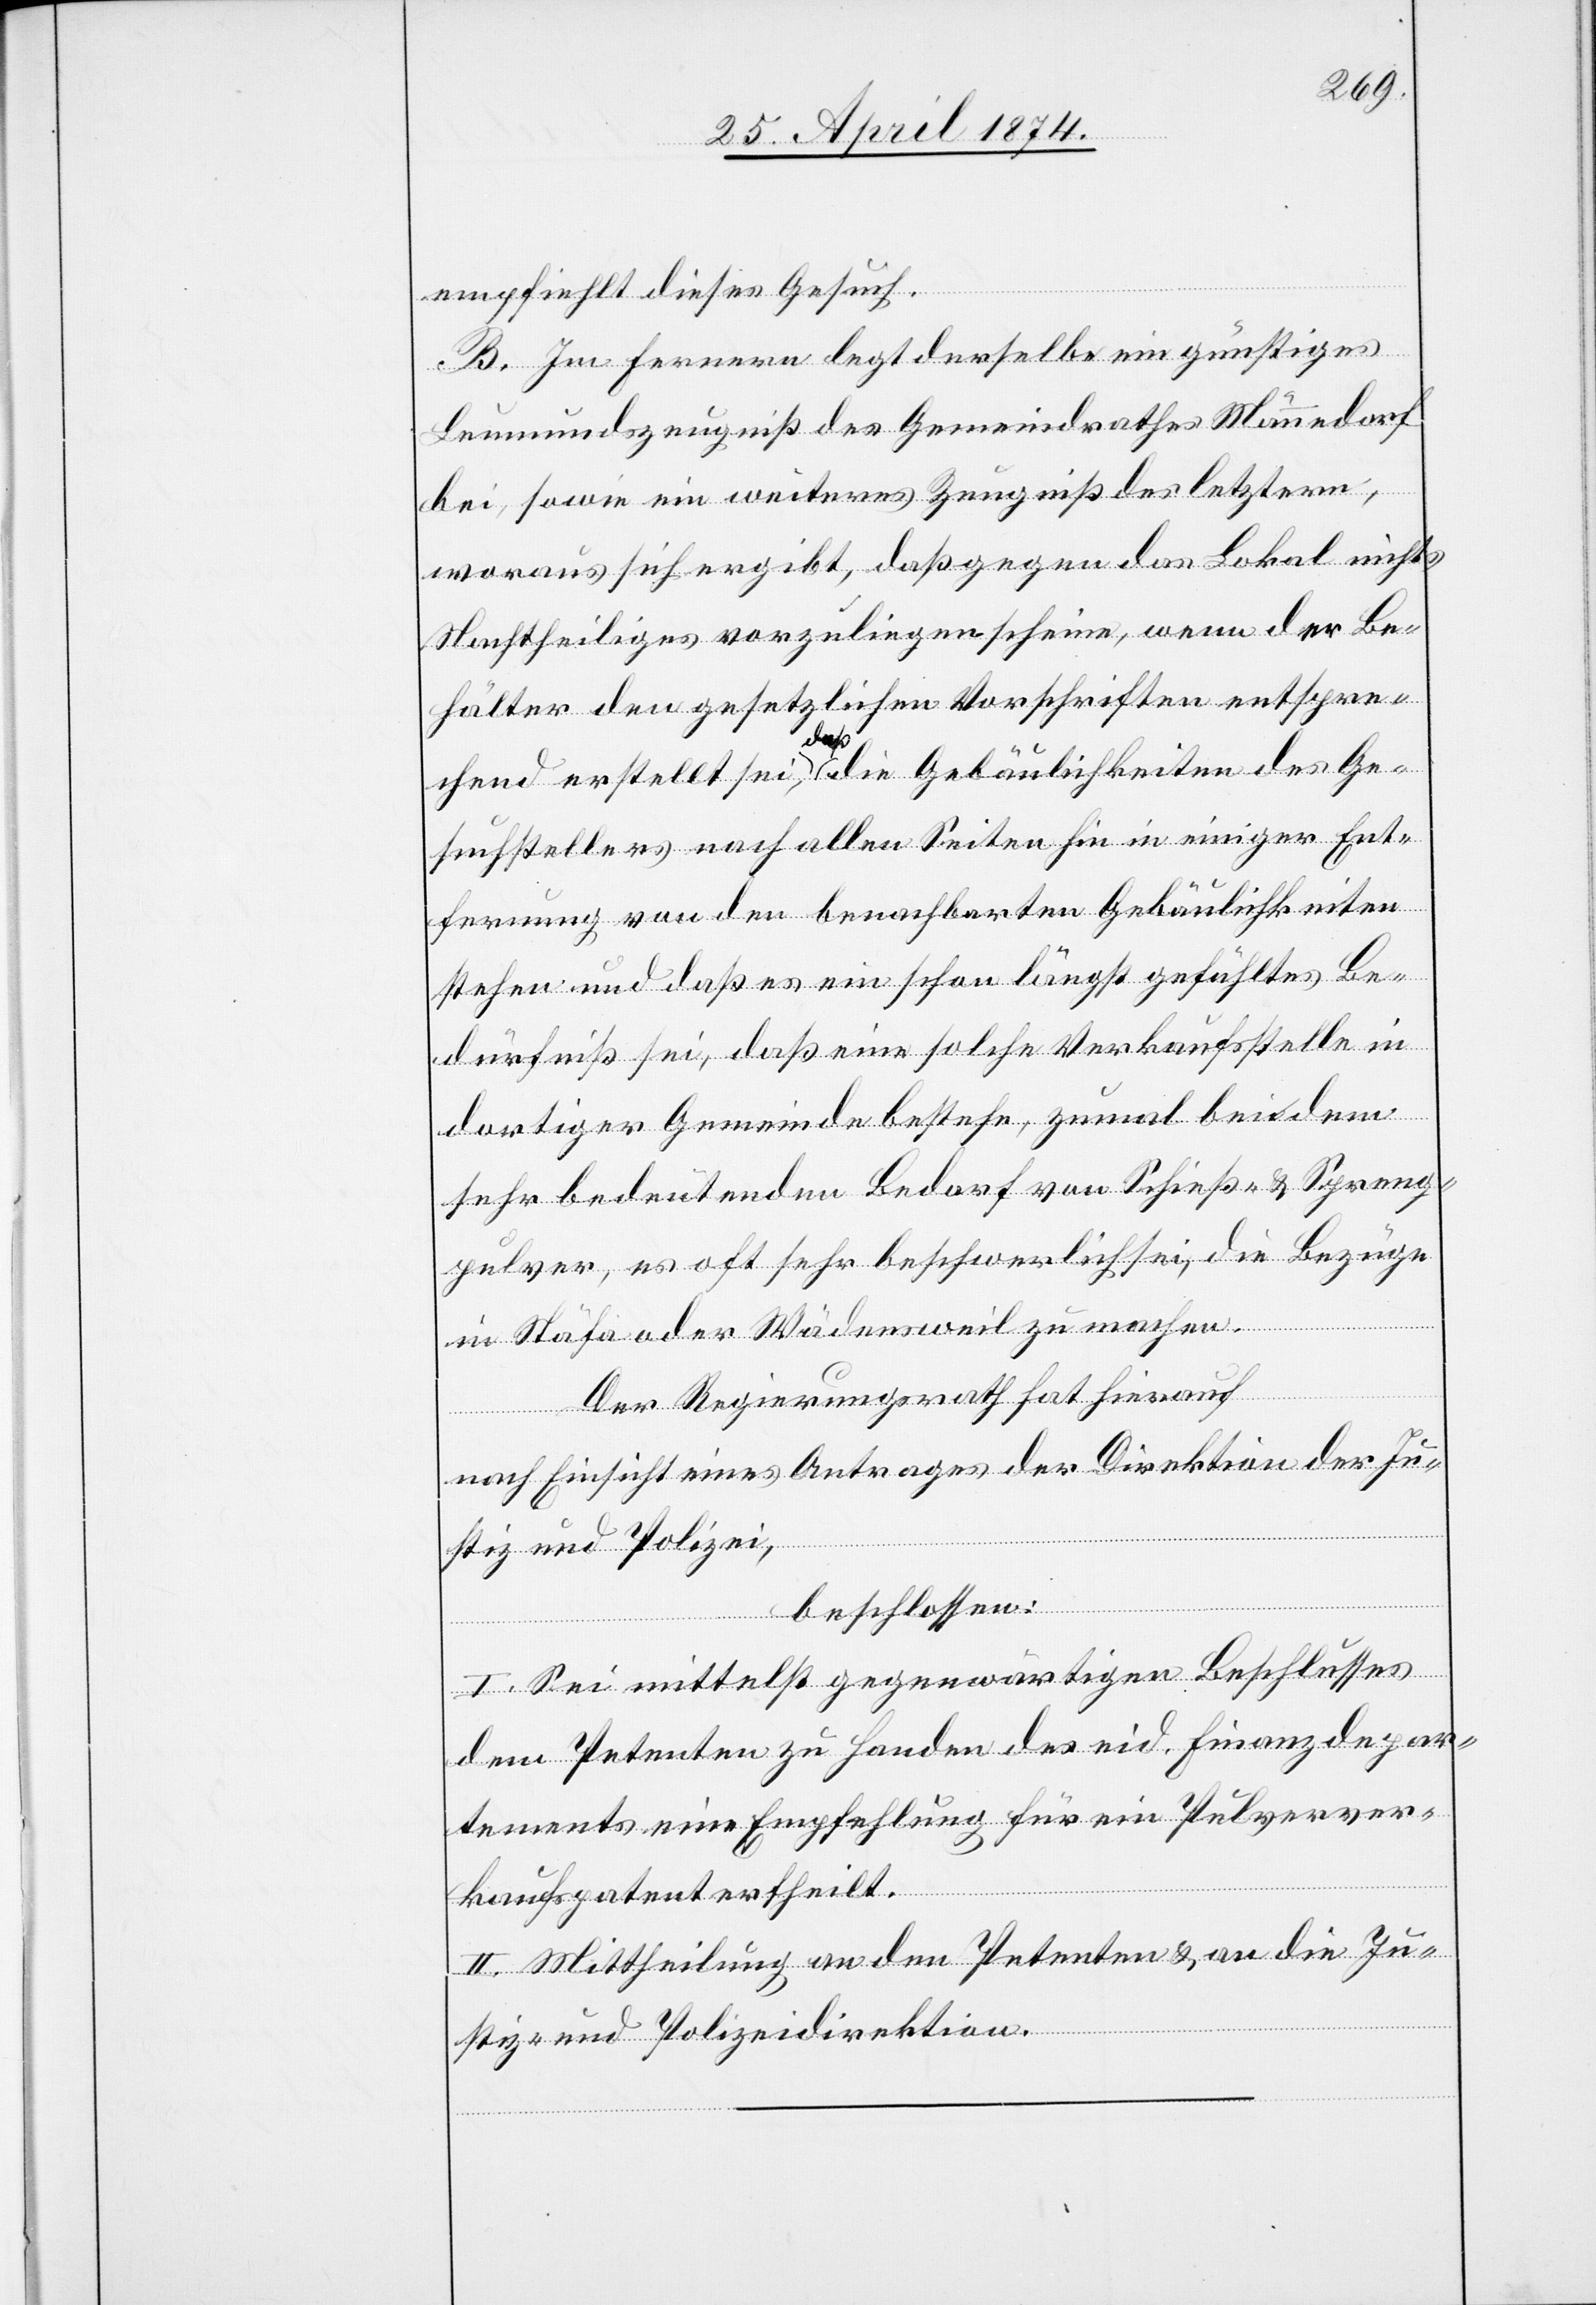
empfiehlt dieses Gesuch.
B. Im Fernern legt derselbe ein günstiges
Leumundszeugniß des Gemeindrathes Männedorf
bei, sowie ein weiteres Zeugniß letztern,
woraus sich ergibt, daß gegen das Lokal nichts
Nachtheiliges vorzuliegen scheine, wenn der Be¬
hälter den gesetzlichen Vorschriften entspre¬
chend erstellt sei, daß die Gebäulichkeiten des Ge¬
suchstellers nach allen Seiten hin in einiger Ent¬
fernung von den benachbarten Gebäulichkeiten
stehen und daß es ein schon längst gefühltes Be¬
dürfniß sei, daß eine solche Verkaufsstelle in
dortiger Gemeinde bestehe, zumal bei dem
sehr bedeutenden Bedarf von Schieß- u. Spreng¬
pulver, es oft sehr beschwerlich sei, die Bezüge
in Stäfa oder Wädensweil zu machen.
Der Regierungsrath hat hierauf
nach Einsicht eines Antrages der Direktion der Ju¬
stiz und Polizei,
beschlossen:
I. Sei mittelst gegenwärtigen Beschlusses
dem Petenten zu Handen des eid. Finanzdepar¬
tements eine Empfehlung für ein Pulverver¬
kaufspatent ertheilt.
II. Mittheilung an den Petenten u. an die Ju¬
stiz- und Polizeidirektion.